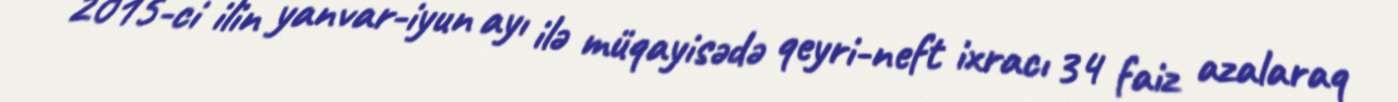
2015-ci ilin yanvar-iyun ayı ilə müqayisədə qeyri-neft ixracı 34 faiz azalaraq